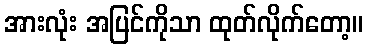
အားလုံး အပြင်ကိုသာ ထုတ်လိုက်တော့။